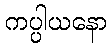
ကပ္ပါယနော